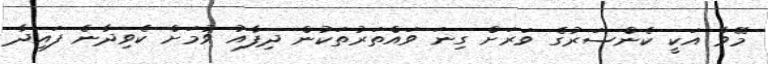
މޭވާ އަކީ ކެންސަރުގެ ވަރަށް ގިނަ ވައްތަރުތަކުން ދިފާއު ވުމަށް ކެވިދާނެ ފައިދާ